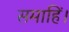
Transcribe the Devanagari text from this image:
समाहिं।